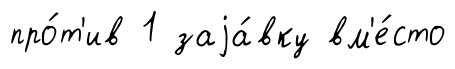
про́т'ив 1 заjа́вку вм'е́сто